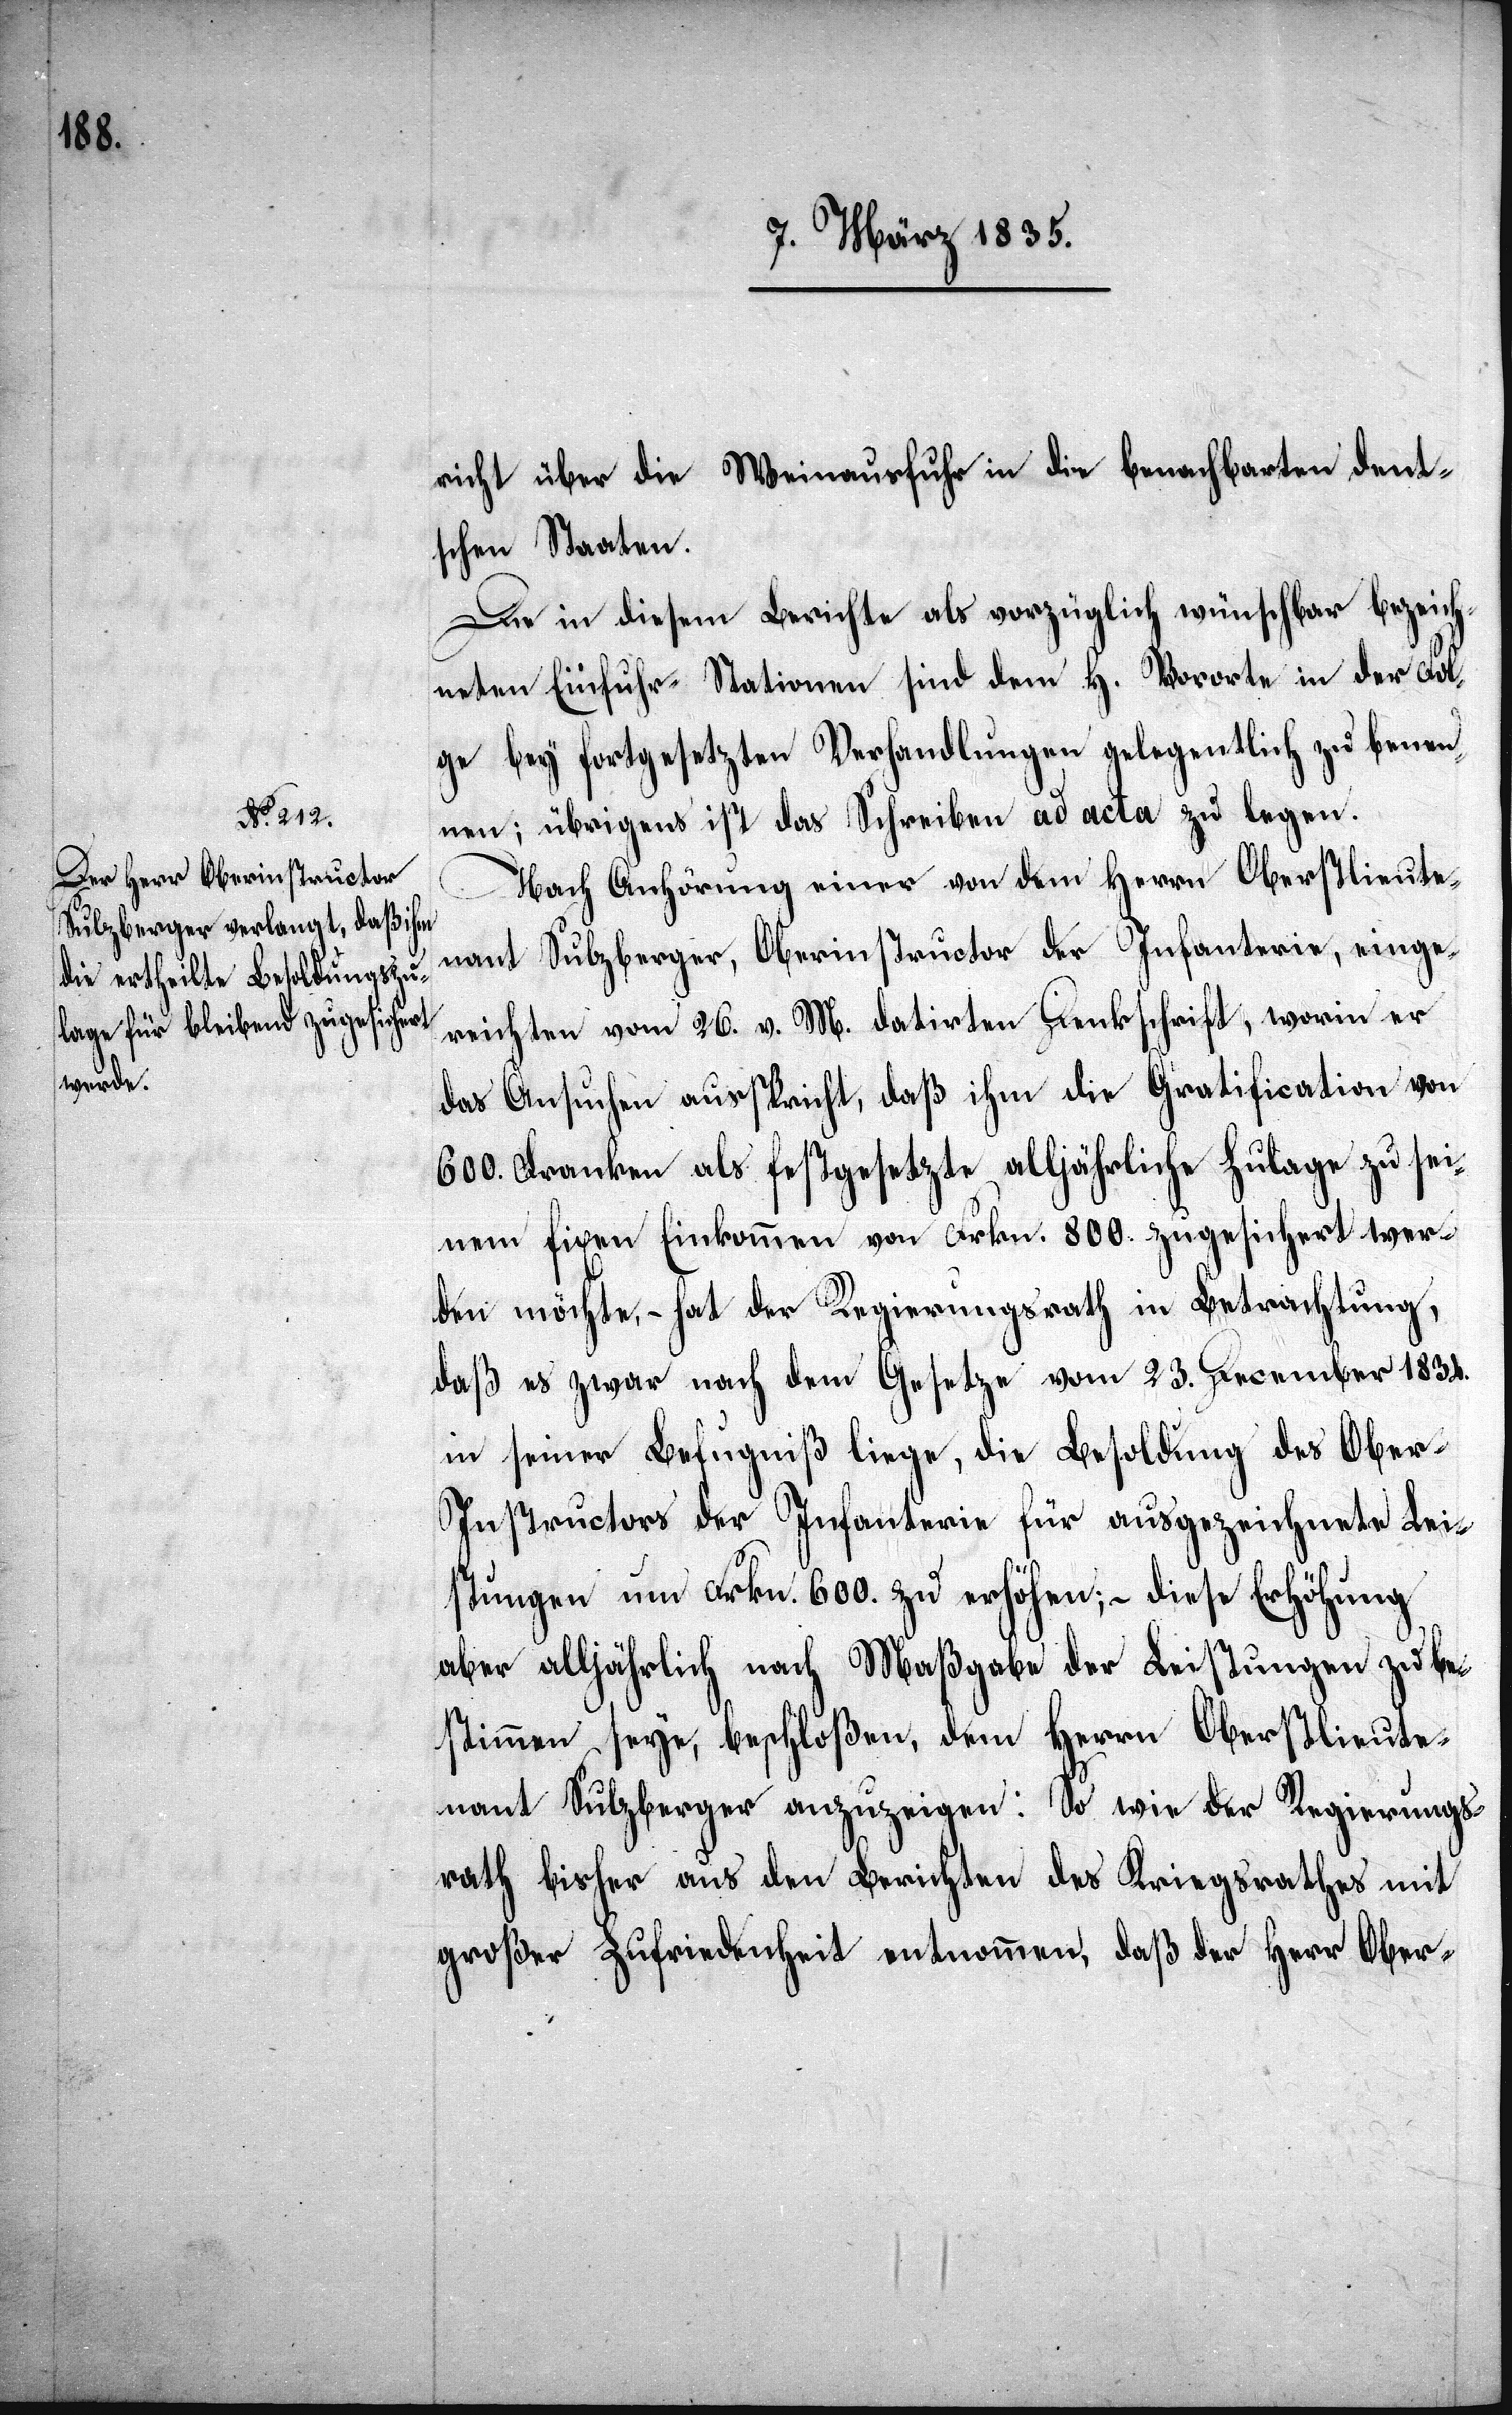
richt über die Weinausfuhr in die benachbarten deut¬
schen Staaten.
Die in diesem Berichte als vorzüglich wünschbar bezeich¬
neten Einfuhr-Stationen sind dem H. Vororte in der Fol¬
ge bey fortgesetzten Verhandlungen gelegentlich zu benen¬
nen; übrigens ist das Schreiben ad acta zu legen.
Nach Anhörung einer von dem Herrn Oberstlieute¬
nant Sulzberger, Oberinstructor der Infanterie, einge¬
reichten vom 26. v. M. datirten Denkschrift, worin er
das Ansuchen ausspricht, daß ihm die Gratification von
600. Franken als festgesetzte alljährliche Zulage zu sei¬
nem fixen Einkommen von Frkn. 800. zugesichert wer¬
den möchte, – hat der Regierungsrath in Betrachtung,
daß es zwar nach dem Gesetze vom 23. December 1834.
in seiner Befugniß liege, die Besoldung des Ober-I¬
nstructors der Infanterie für ausgezeichnete Lei¬
stungen um Frkn. 600. zu erhöhen; – diese Erhöhung
aber alljährlich nach Maßgabe der Leistungen zu be¬
stimmen seye, beschloßen, dem Herrn Oberstlieute¬
nant Sulzberger anzuzeigen: so wie der Regierungs¬
rath bisher aus den Berichten des Kriegsrathes mit
großer Zufriedenheit entnommen, daß der Herr Ober-